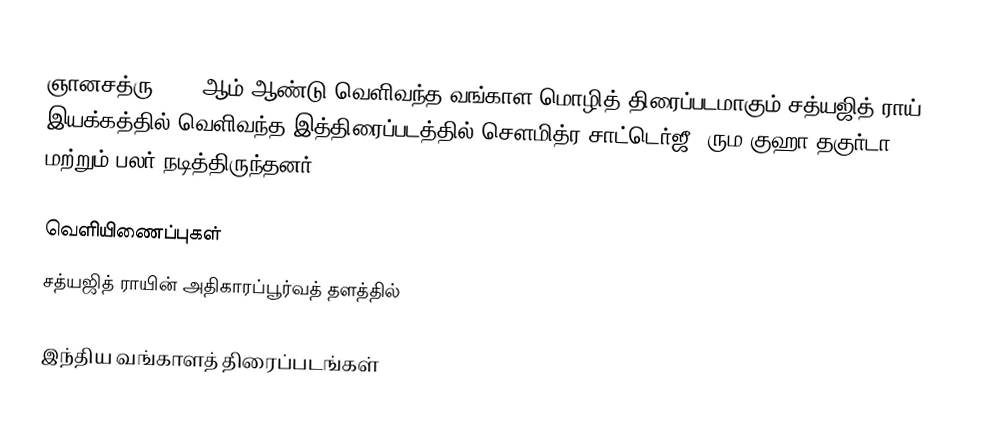
ஞானசத்ரு 1989  ஆம் ஆண்டு வெளிவந்த வங்காள மொழித் திரைப்படமாகும்.சத்யஜித் ராய் இயக்கத்தில் வெளிவந்த இத்திரைப்படத்தில் சௌமித்ர சாட்டெர்ஜீ, ரும குஹா தகுர்டா மற்றும் பலர் நடித்திருந்தனர்.

வெளியிணைப்புகள்
சத்யஜித் ராயின் அதிகாரப்பூர்வத் தளத்தில்

இந்திய வங்காளத் திரைப்படங்கள்